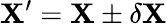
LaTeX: \mathbf{X}^{\prime}=\mathbf{X}\pm\delta\mathbf{X}